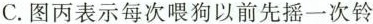
C. 图丙表示每次喂狗以前先摇一次铃